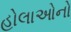
હોલાઓનો